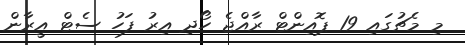
މި މެޗުގައި 19 ޕޮއިންޓް ރާއްޖެ ހޯދި އިރު ފަހު ސެޓް އީރާން